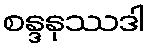
စန္ဒနုဿဒါ